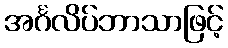
အင်္ဂလိပ်ဘာသာဖြင့်